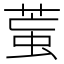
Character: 𦳶